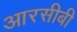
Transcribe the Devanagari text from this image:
आरसीबी